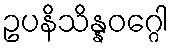
ဥပနိသိန္နဝဂ္ဂေါ